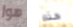
هوا هذه